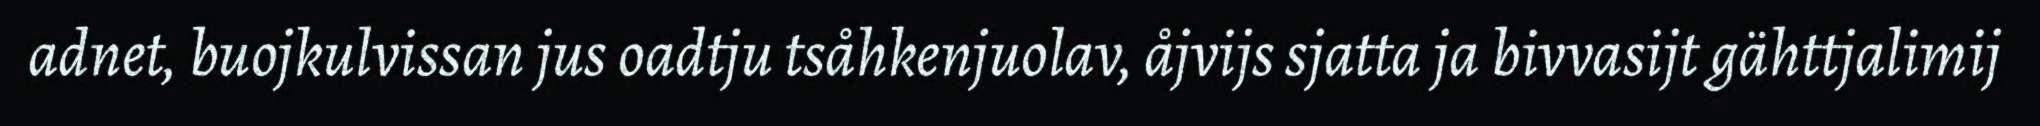
adnet, buojkulvissan jus oadtju tsåhkenjuolav, åjvijs sjatta ja bivvasijt gähttjalimij